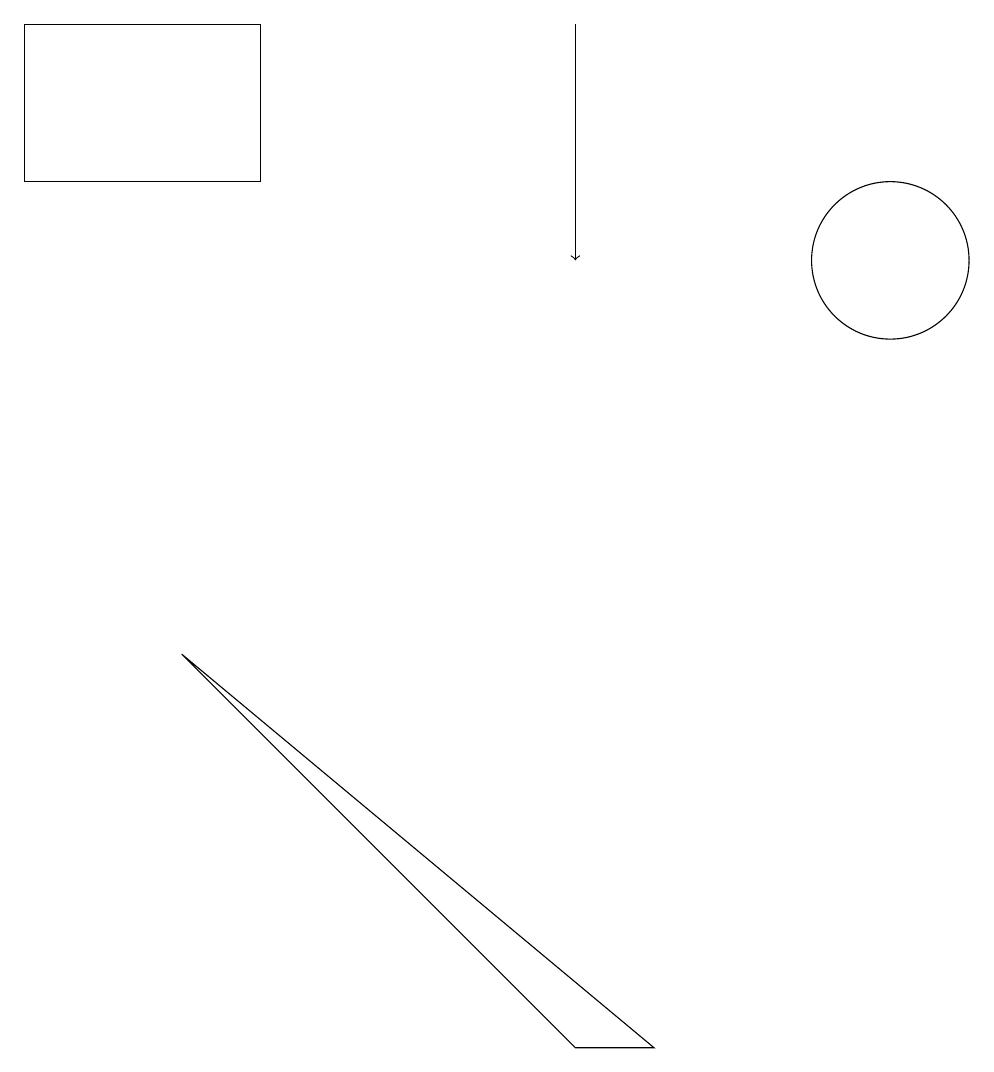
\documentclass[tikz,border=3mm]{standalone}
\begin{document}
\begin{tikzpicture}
\draw (8,1) -- (7,1) -- (2,6) -- cycle;
\draw[->] (7,14) -- (7,11);
\draw (11,11) circle (1);
\draw (3,12) rectangle (0,14);
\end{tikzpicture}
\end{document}